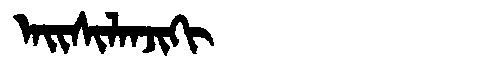
Manchu: ᠠᡳᠰᡳᠯᠠᠨᠵᡳᡴᡳ
Romanization: AISILANJIKI